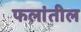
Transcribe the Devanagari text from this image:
फलांतील